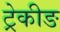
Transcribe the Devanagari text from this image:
ट्रेकीङ